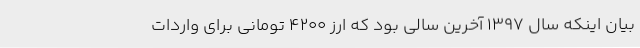
بیان اینکه سال 1397 آخرین سالی بود که ارز 4200 تومانی برای واردات